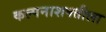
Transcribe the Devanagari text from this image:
कल्पनाशक्तीला